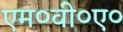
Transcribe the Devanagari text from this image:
एम०वी०ए०